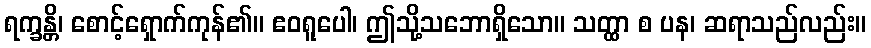
ရက္ခန္တိ၊ စောင့်ရှောက်ကုန်၏။ ဧဝရူပေါ၊ ဤသို့သဘောရှိသော။ သတ္ထာ စ ပန၊ ဆရာသည်လည်း။